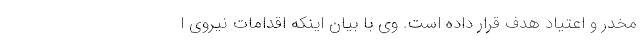
مخدر و اعتیاد هدف قرار داده است. وی با بیان اینکه اقدامات نیروی ا